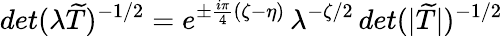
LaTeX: det(\lambda\widetilde{T})^{-1/2}=e^{\pm\frac{i\pi}{4}(\zeta-\eta)}\, \lambda^{-\zeta/2}\, det(|\widetilde{T}|)^{-1/2}